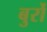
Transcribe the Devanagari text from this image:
बुर्रो